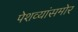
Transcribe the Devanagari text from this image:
पेशव्यांसमोर